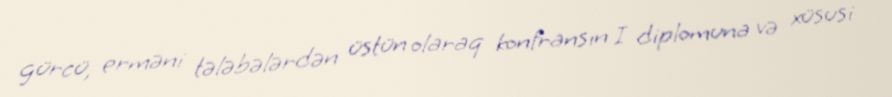
gürcü, erməni tələbələrdən üstün olaraq konfransın I diplomuna və xüsusi